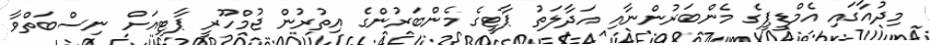
މިދުއާގައި އެމްޑީޕީގެ މެންބަރުންނާއި އަދާލަތު ޕާޓީގެ މެންބަރުންގެ އިތުރުން ޖުމްހޫރީ ޕާޓިއަށް ނިސްބަތްވާ